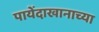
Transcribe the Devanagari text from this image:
पायेंदाखानाच्या